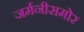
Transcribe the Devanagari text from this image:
जर्मनीसमोर